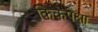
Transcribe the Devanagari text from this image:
किकपेक्षा